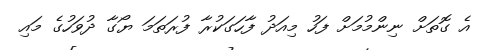
އެ ގޮތަށް ނިންމުމަށް ފަހު މިއަދު ފާހަގަކުރާ ފުރަތަމަ ޔޯގާ ދުވަހުގެ މައި